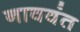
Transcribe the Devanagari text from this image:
नाववंत